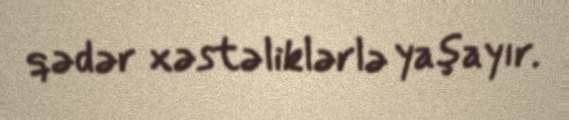
qədər xəstəliklərlə yaşayır.